Annual administration report of the Civil Veterinary Department of India - 1895-1896
Year: 1895
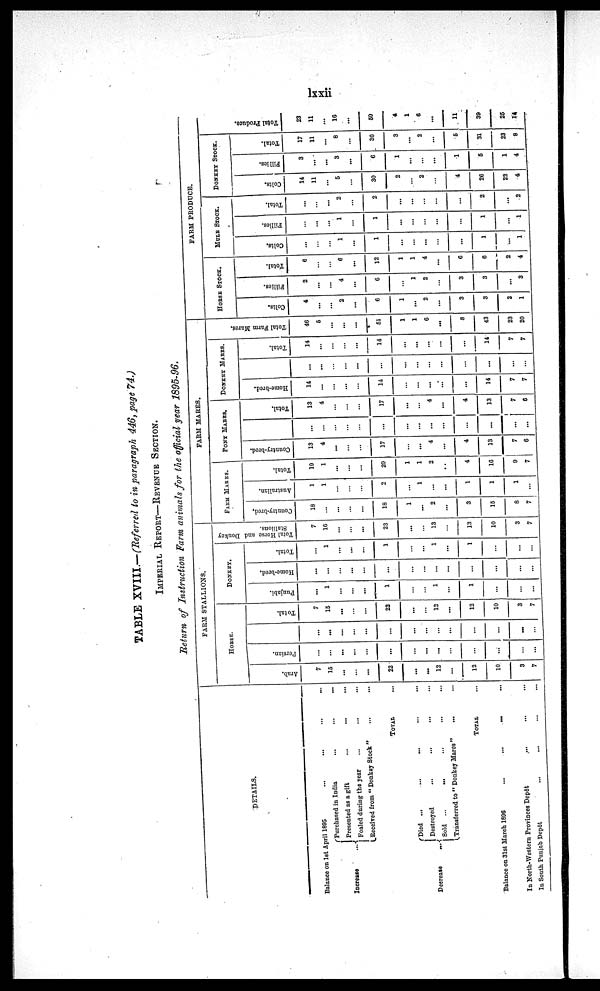
lxxii
TABLE XVIII.—(Referred to in paragraph 446, page 74.)
IMPERIAL REPORT—REVENUE SECTION.
Return of Instruction Farm animals for the official year 1895-96.
DETAILS.
Balance on 1st April 1895
Increase
Purchased in India ... ... ...
Presented as a gift .. ... ...
Foaled during the year ... ... ...
Received from "Donkey Stock" ... ...
TOTAL...
Decrease
Died ... ... ... ... ...
Destroyed ... .... .... ...
Sold ... ... ... ... ...
Trasferred to " Dionkey Mares " ... ...
TOTAL...
Balance on 31st March 1896
...
...
...
...
In North-Western Provinces Depôt
... ... ... ...
In South Punjab Depôt
...
...
... ...
FARM STALLIONS.
HORSE.
Arab.
7
15
...
...
...
22
...
...
12
...
12
10
3
7
Persian.
...
...
...
...
...
...
...
...
...
...
...
...
...
...
...
...
...
...
...
...
...
...
...
...
...
...
...
Total.
7
15
...
...
...
22
...
12
...
12
10
3
7
DONKEY.
Punjabi.
...
1
...
...
...
1
... ...
...
1
...
1
...
...
...
Home-bred.
...
...
...
...
...
...
...
...
...
...
...
...
...
...
Total.
...
1
...
...
...
1
...
...
1
...
1
...
...
...
Total Horse and Donkey
Stallions.
7
16
...
...
...
23
...
...
13
...
13
10
3
7
FARM MARES.
FARM MAKES.
Country-bred,
18
...
...
...
...
18
1
...
2
...
3
15
8
7
Australian.
1
1
...
...
...
2
...
1
...
...
1
1
1
...
Total.
19
1
...
...
...
20
1
1
2
...
4
16
9 7
PONT MARES.
Country-bred.
13
4
...
...
...
17
...
...
4
...
4
13
7
6
...
...
...
...
...
...
...
...
...
...
...
...
...
...
Total.
13
4
...
...
...
17
...
4
...
4
13
7
6
DONKEY MARES.
Home-bred.
14
...
...
...
...
14
...
...
...
...
...
14
7
7
...
...
...
...
...
...
...
...
...
...
...
...
...
Total.
14
...
...
...
...
14
...
...
...
...
...
14
7
7
Total Farm Mare
46
5
...
...
...
61
1
1
6
...
8
43
23
20
FARM PRODUCE.
HORSE STOCK.
Colts.
4
...
...
2
...
6
1
...
2
...
3
3
2
1
Fillies.
2
...
...
4
...
6
1
2
...
3
3
...
3
Total.
6
...
...
6
...
12
1
1
4
...
6
6
2
4
MULE STOCK.
Colts.
...
...
1
...
1
...
...
...
...
1
...
1
Fillies.
...
...
1
...
1
...
...
...
...
...
1
...
1
Total.
...
...
2
...
2
...
...
...
...
...
2
...
2
DONKEY STOCK.
Colts.
14
11
5
...
30
2
...
2
...
4
26
22
4
Fillies.
3
...
...
3
...
6
1
...
...
1
5
1
4
Total.
17
11
...
8
...
30
3
...
2
...
5
31
23
8
Tot al Pr oduce.
23
11
...
16
...
60
4
1
6
...
11
39
25
14